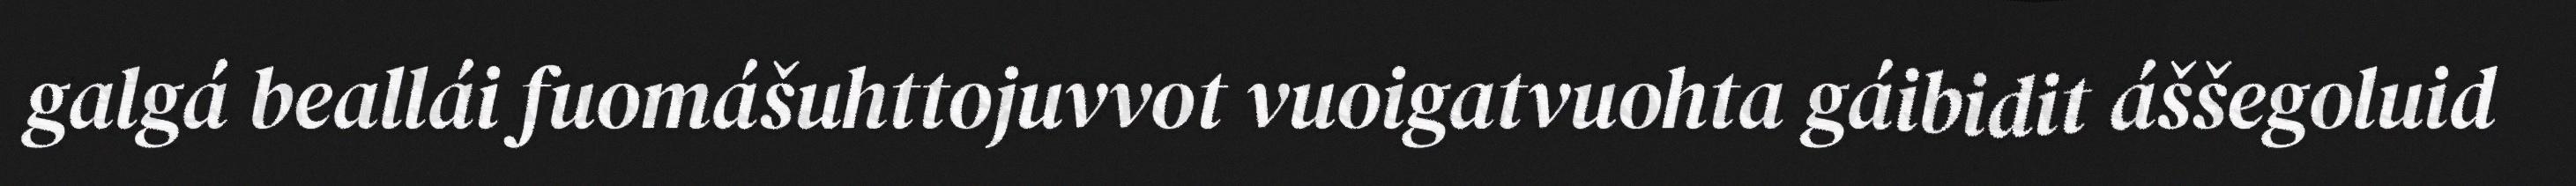
galgá beallái fuomášuhttojuvvot vuoigatvuohta gáibidit áššegoluid